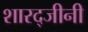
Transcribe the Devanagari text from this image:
शारद्जीनी